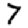
Digit: 7